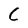
Character: C